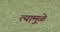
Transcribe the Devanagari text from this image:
त्यामु़ळे